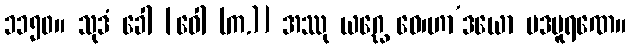
၁၁၅၀။ သုဒံ ခေါ [ဝေါ (က.)] အဿု ယဂ္ဃေ ဝေ၊ဟာ’ဒယော ပဒပူရဏေ။